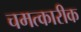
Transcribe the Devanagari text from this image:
चमत्कारीक